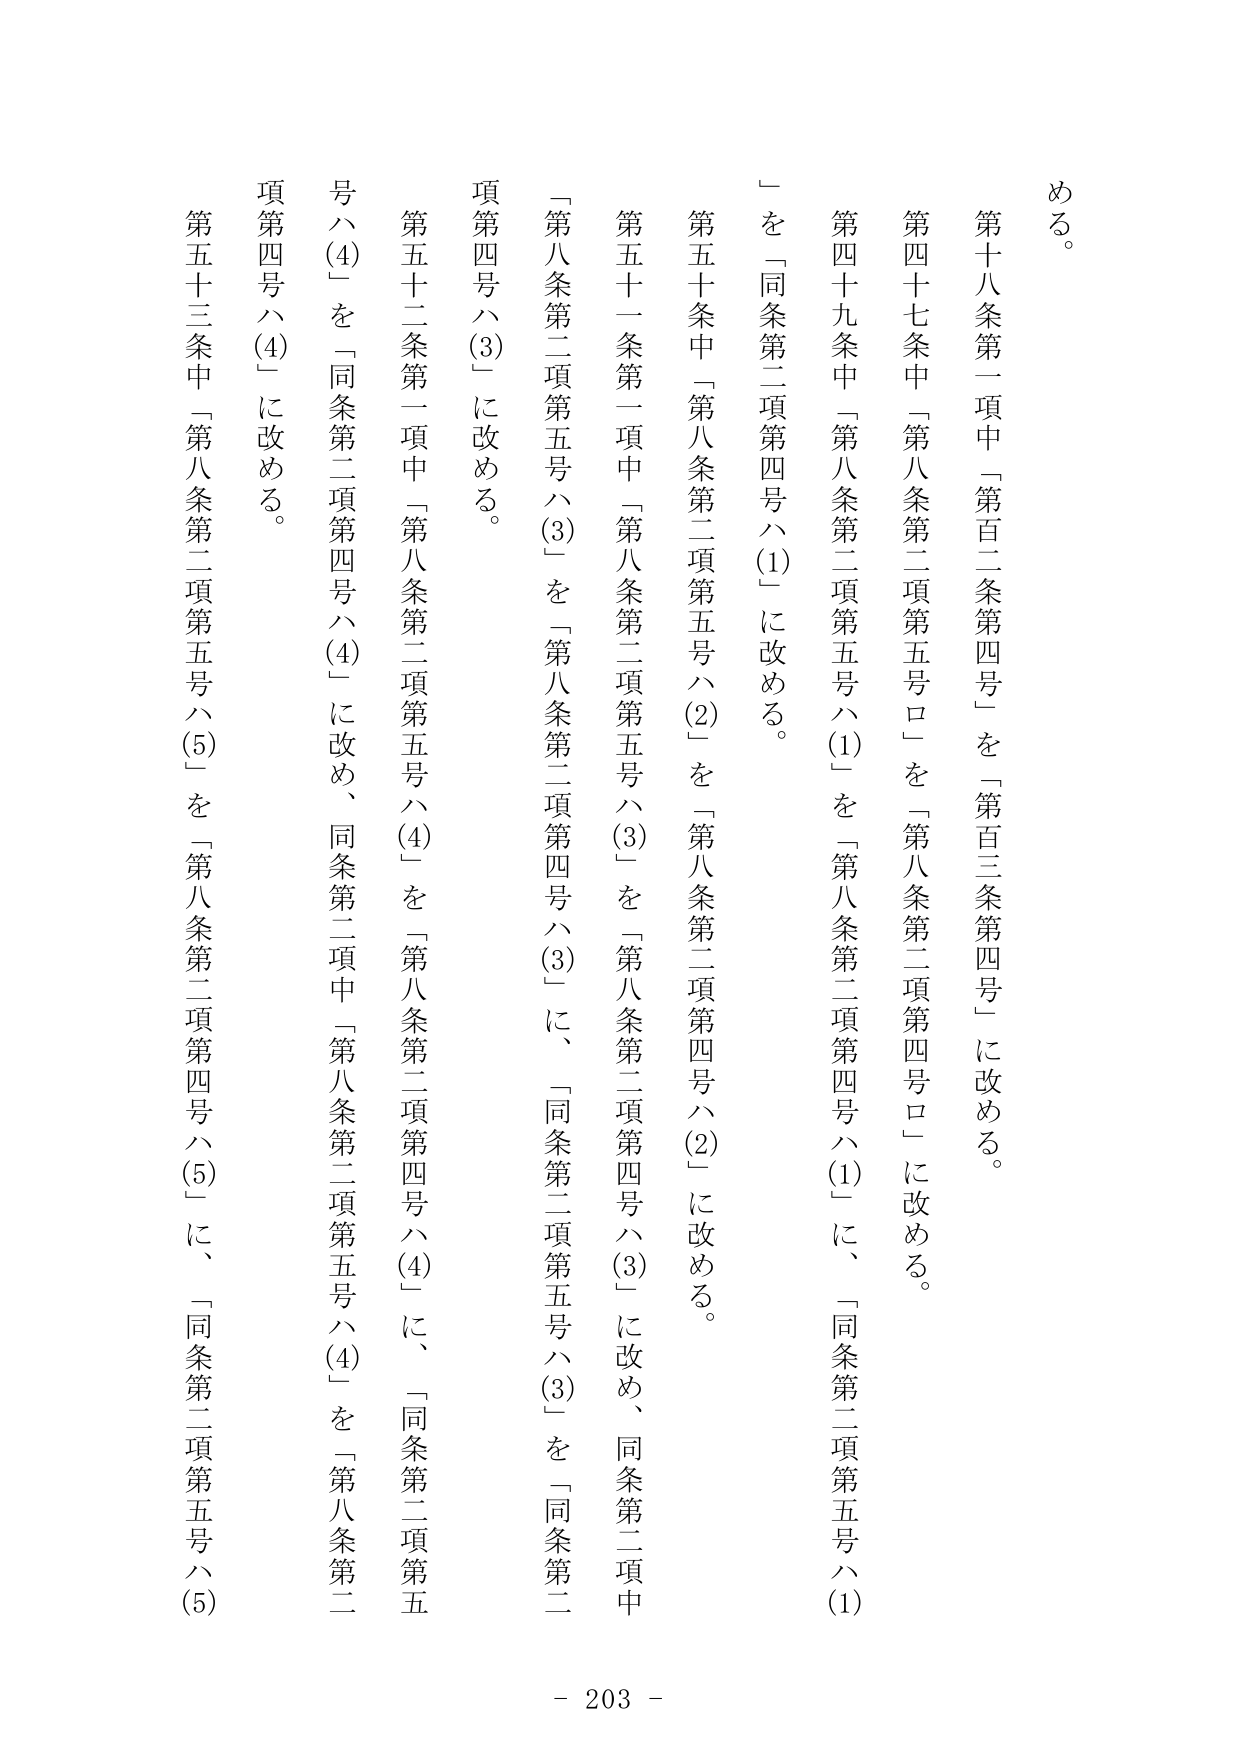
める。

第十八条第一項中「第百二条第四号」を「第百三条第四号」に改める。

第四十七条中「第八条第二項第五号ロ」を「第八条第二項第四号ロ」に改める。

第四十九条中「第八条第二項第五号ハ(1)」を「第八条第二項第四号ハ(1)」に、「同条第二項第五号ハ(1)」を「同条第二項第四号ハ(1)」に改める。

第五十条中「第八条第二項第五号ハ(2)」を「第八条第二項第四号ハ(2)」に改める。

第五十一条第一項中「第八条第二項第五号ハ(3)」を「第八条第二項第四号ハ(3)」に改め、同条第二項中「第八条第二項第五号ハ(3)」を「同条第二項第四号ハ(3)」に改める。

第五十二条第一項中「第八条第二項第五号ハ(4)」を「第八条第二項第四号ハ(4)」に、「同条第二項第五号ハ(4)」を「同条第二項第四号ハ(4)」に改め、同条第二項中「第八条第二項第五号ハ(4)」を「第八条第二項第四号ハ(4)」に改める。

第五十三条中「第八条第二項第五号ハ(5)」を「第八条第二項第四号ハ(5)」に、「同条第二項第五号ハ(5)」を「同条第二項第四号ハ(5)」に改める。

- 203 -